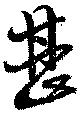
甚